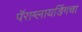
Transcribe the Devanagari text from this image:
पॅराग्लायडिंगचा